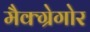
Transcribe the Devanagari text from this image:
मैक्ग्रेगोर